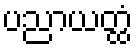
ပညာယတ္ထံ